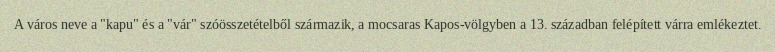
A város neve a "kapu" és a "vár" szóösszetételből származik, a mocsaras Kapos-völgyben a 13. században felépített várra emlékeztet.